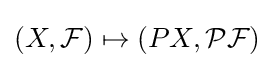
(X,{\mathcal {F}})\mapsto (PX,{\mathcal {PF}})